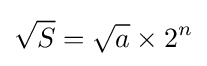
{\sqrt {S}}={\sqrt {a}}\times 2^{n}